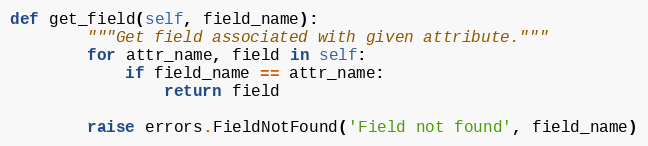
Language: Python
def get_field(self, field_name):
        """Get field associated with given attribute."""
        for attr_name, field in self:
            if field_name == attr_name:
                return field

        raise errors.FieldNotFound('Field not found', field_name)